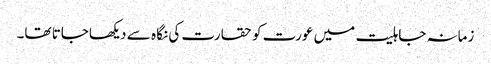
زمانہ جاہلیت میں عورت کو حقارت کی نگا ہ سے دیکھاجاتا تھا۔